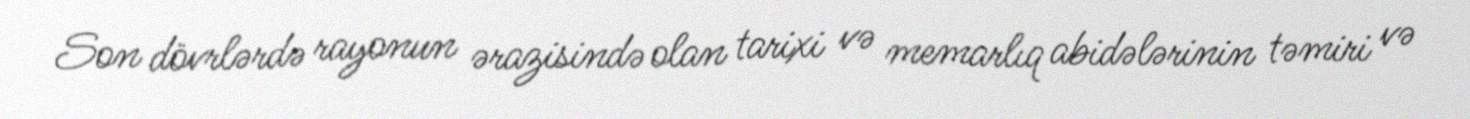
Son dövrlərdə rayonun ərazisində olan tarixi və memarlıq abidələrinin təmiri və